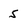
Character: 5